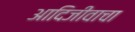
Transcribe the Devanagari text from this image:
आदिजीवाचा